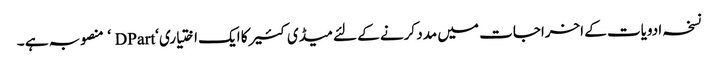
نسخہ ادویات کے اخراجات میں مدد کرنے کے لئے میڈی کئیر کا ایک اختیاری ‘DPart ‘ منصوبہ ہے ۔